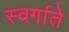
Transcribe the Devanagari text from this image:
स्वर्गाते